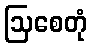
ဩစေတုံ